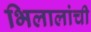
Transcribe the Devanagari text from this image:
भिलालांची